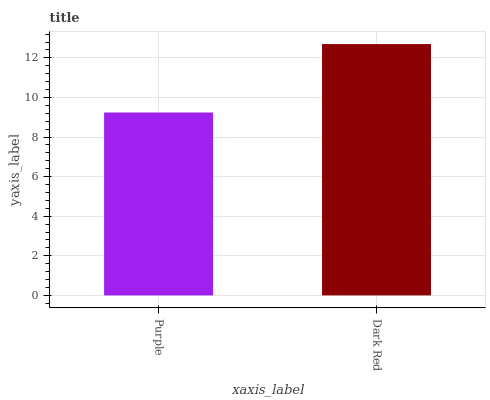
| xaxis_label | bars |
 | --- | --- |
 | Purple | 9.24 |
 | Dark Red | 12.7 |